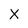
Character: X